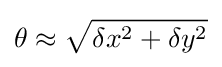
\theta \approx {\sqrt {\delta x^{2}+\delta y^{2}}}